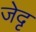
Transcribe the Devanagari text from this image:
जेदृ